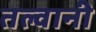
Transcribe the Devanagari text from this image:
तल्वानी